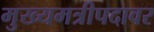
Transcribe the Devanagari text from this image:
मुख्यमत्रीपदावर